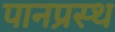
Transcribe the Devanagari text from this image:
पानप्रस्थ